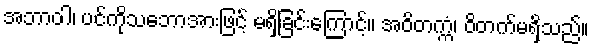
အဘာဝါ၊ ပင်ကိုသဘောအားဖြင့် မရှိခြင်းကြောင့်။ အဝိတက္ကံ၊ ဝိတက်မရှိသည်။